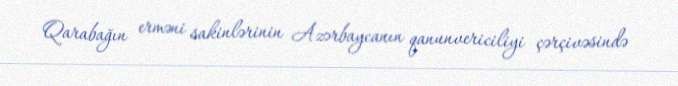
Qarabağın erməni sakinlərinin Azərbaycanın qanunvericiliyi çərçivəsində